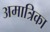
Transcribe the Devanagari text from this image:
अमात्रिका